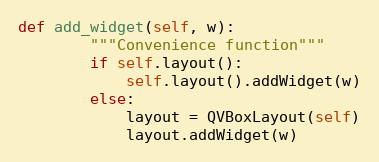
Language: Python
def add_widget(self, w):
        """Convenience function"""
        if self.layout():
            self.layout().addWidget(w)
        else:
            layout = QVBoxLayout(self)
            layout.addWidget(w)